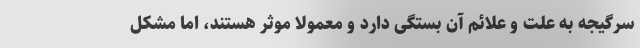
سرگیجه به علت و علائم آن بستگی دارد و معمولاً موثر هستند، اما مشکل